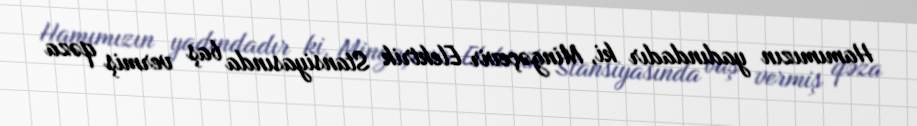
Hamımızın yadındadır ki, Mingəçevir Elektrik Stansiyasında baş vermiş qəza